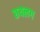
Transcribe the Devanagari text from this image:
छयलग